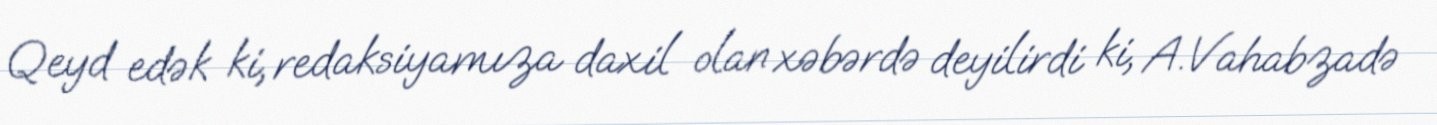
Qeyd edək ki, redaksiyamıza daxil olan xəbərdə deyilirdi ki, A.Vahabzadə